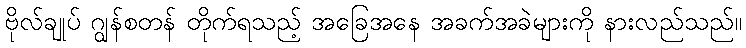
ဗိုလ်ချုပ် ဂျွန်စတန် တိုက်ရသည့် အခြေအနေ အခက်အခဲများကို နားလည်သည်။